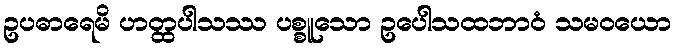
ဥပဓာရေမိ ဟတ္ထပါသဿ ပစ္စူသော ဥပေါသထဘာဝံ သမဝယော